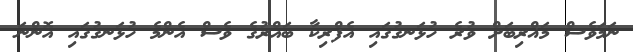
ނަމަވެސް މަޣްރިބަށް ވުރެ ހުޅަނގުގައި އެފްރިކާ ބައްރުގެ ވެސް އެންމެ ހުޅަނގުގައި އޮންނަ